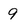
Character: 9